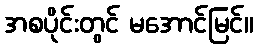
အစပိုင်းတွင် မအောင်မြင်။